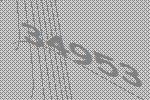
34953